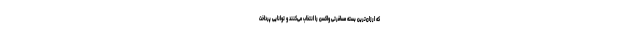
که ارزان‌ترین بسته مسافرتی واکسن را انتخاب می‌کنند و توانایی پرداخت